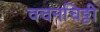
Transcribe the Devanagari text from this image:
वचनचिठ्ठी